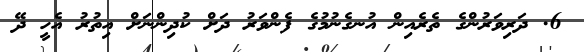
6. ދަރިވަރުންގެ ތެރެއިން އުނގެނުމުގެ ފެންވަރު ދަށް ކުދިންނަށް އިތުރު އެހީ ދޭ